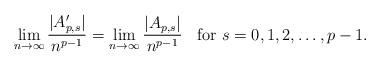
LaTeX: \begin{align*}\lim_{n\to \infty}\frac{|A_{p,s}'|}{n^{p-1}}=\lim_{n\to \infty}\frac{|A_{p,s}|}{n^{p-1}}\;\;\mbox{ for $s=0,1,2,\ldots, p-1$.}\end{align*}